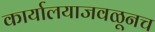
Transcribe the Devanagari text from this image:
कार्यालयाजवळूनच